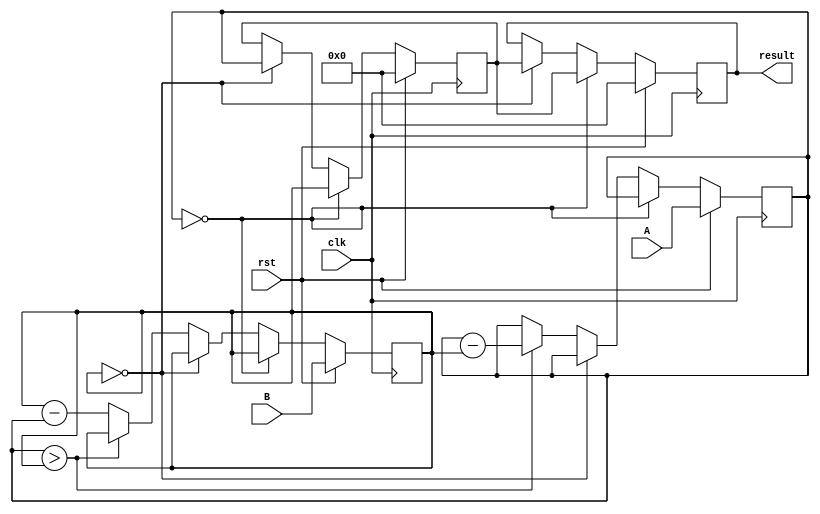
`timescale 1ns/1ps  // Set the timescale for simulation accuracy

module GCD (
    input wire rst,           // Reset signal
    input wire clk,           // Clock signal
    input [7:0] A,            // Input A (8-bit number)
    input [7:0] B,            // Input B (8-bit number)
    output reg [7:0] result   // Output for the computed GCD
);
    reg [7:0] reg_A;           // Register to hold value of A
    reg [7:0] reg_B;           // Register to hold value of B
    reg [7:0] reg_result;      // Register to hold intermediate GCD result
  
    always @(posedge clk) begin
        if (rst) begin
            // On reset, initialize registers
            reg_A <= A;          // Initialize reg_A with A
            reg_B <= B;          // Initialize reg_B with B
            reg_result <= 8'b0;  // Initialize intermediate result with 0
            result <= 8'b0;      // Initialize final result with 0
        end else begin
            if (reg_A == 8'b0) begin
                // GCD computation done, assign reg_B to result
                reg_result <= reg_B;
                result <= reg_result;
            end else if (reg_B == 8'b0) begin
                // GCD computation done, assign reg_A to result
                reg_result <= reg_A;
                result <= reg_result;
            end else begin
                // GCD computation iteration
                if (reg_A > reg_B)
                    reg_A <= reg_A - reg_B;
                else
                    reg_B <= reg_B - reg_A;
            end
        end
    end
endmodule